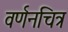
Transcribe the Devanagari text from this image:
वर्णनचित्र